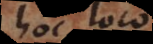
hoc loco